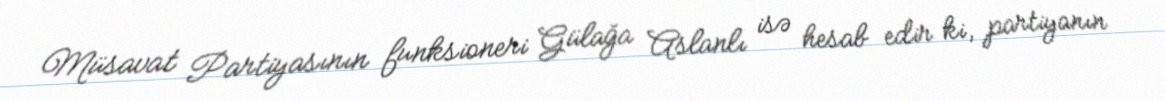
Müsavat Partiyasının funksioneri Gülağa Aslanlı isə hesab edir ki, partiyanın